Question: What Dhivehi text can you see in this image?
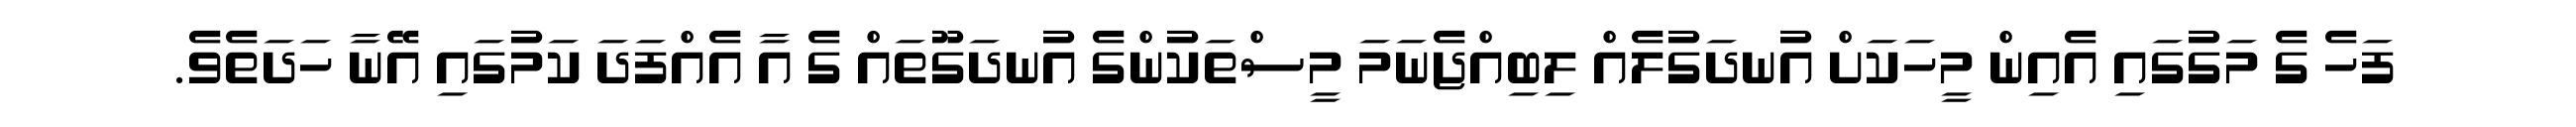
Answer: ފަހެ ގެ މަގުގައި އެއިން މީހަކަށް އުނދަގުލެއް ލިބިއްޖެނަމަ މީސްތަކުންގެ އުނދަގޫތައް ގެ އާ އެއްފަދަ ކަމުގައި އޭނާ ހަދަތެވެ.